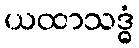
ယထာသဒ္ဓံ